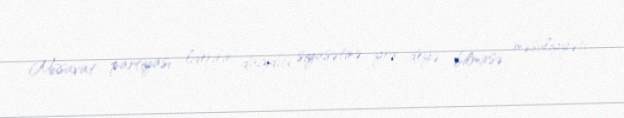
Müsavat partiyası liderinin dağıdıcı siyasətinə yox deyə bilmirsə məsuliyyəti